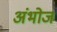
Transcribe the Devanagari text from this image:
अंभोज